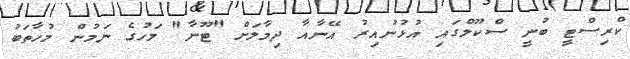
ކްރިސްޓީ ބުނީ ސްކޫލްގައި އުޅުނުއިރު އޭނާއާ ދިމާލަށް "ޓޫނާ" މަހުގެ ނަމުން މުހާތަބު